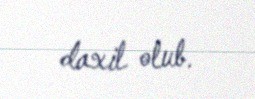
daxil olub.